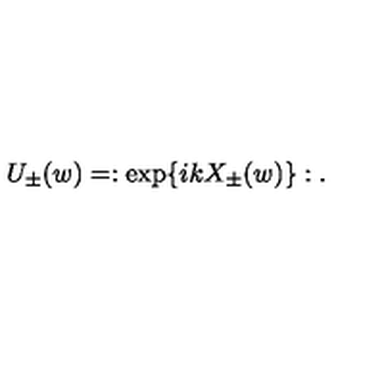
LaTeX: U _ { \pm } ( w ) = : \exp \{ i k X _ { \pm } ( w ) \} : .